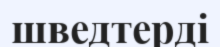
шведтерді